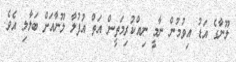
ލޫނާގެ އަޑު އިވުމުން ނާމީ ނިއްކުރިމަތީން އަތް އުފުލާ ލޫނާއަށް ބަލާލި އެވެ.